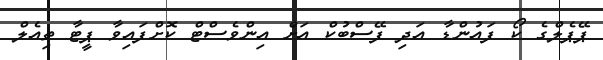
ޕޭޕެލްގެ ކޯ ފައުންޑާ އަދި ފޭސްބުކް އަށް އިންވެސްޓް ކޮށްފައިވާ ޕީޓާ ތިއެލް